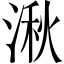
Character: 湫